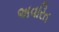
અવરિત